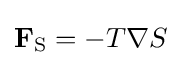
\mathbf {F} _{\mathrm {S} }=-T\nabla S